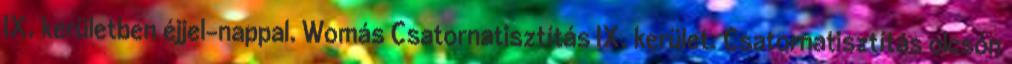
IX. kerületben éjjel-nappal. Womás Csatornatisztítás IX. kerület. Csatornatisztítás olcsón